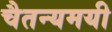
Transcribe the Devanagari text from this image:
चैतन्यमयी